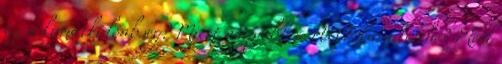
az a kamatkülönbség? Miért nagyobb a HUF kamatterhe? Mert